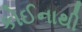
કોઈનાથી